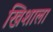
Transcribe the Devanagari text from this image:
खिशाला